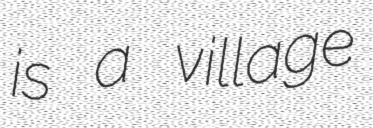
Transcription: is a village